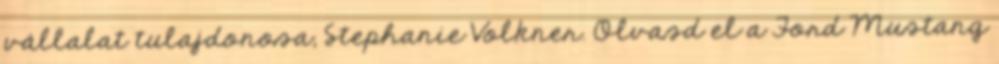
vállalat tulajdonosa, Stephanie Volkner. Olvasd el a Ford Mustang